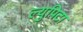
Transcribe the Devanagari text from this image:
ल्युपिटा